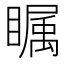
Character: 瞩